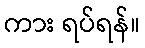
ကား ရပ်ရန်။